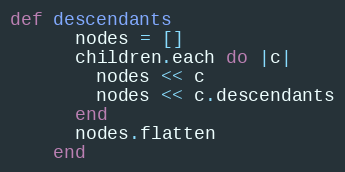
Language: Ruby
def descendants
      nodes = []
      children.each do |c|
        nodes << c
        nodes << c.descendants
      end
      nodes.flatten
    end